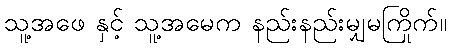
သူ့အဖေ နှင့် သူ့အမေက နည်းနည်းမျှမကြိုက်။